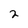
Character: 2